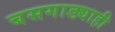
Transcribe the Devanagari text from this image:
बसगाड्याही